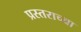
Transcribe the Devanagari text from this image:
प्रस्तराच्या